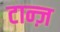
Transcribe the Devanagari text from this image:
टान्ज़